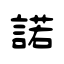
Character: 諾